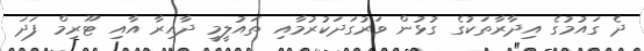
ދެ ގައުމުގެ އިދާރާތަކުގެ ގުޅުން ވަރުގަދަކުރުމާއި ތައުލީމީ ދާއިރާ އާއި ޓޫރިމް ފަދަ